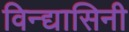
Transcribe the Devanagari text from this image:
विन्द्यासिनी